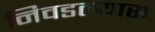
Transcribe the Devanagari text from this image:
निवडल्यास